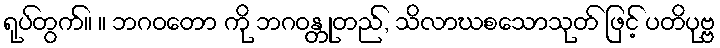
ရုပ်တွက်။ ။ ဘဂဝတော ကို ဘဂဝန္တုတည်, သိလာဃစသောသုတ် ဖြင့် ပတိပုဗ္ဗ